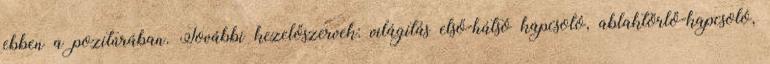
ebben a pozitúrában. További kezelőszervek: világítás első-hátsó kapcsoló, ablaktörlő-kapcsoló,